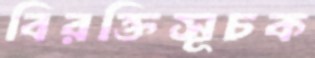
বিরক্তিসূচক